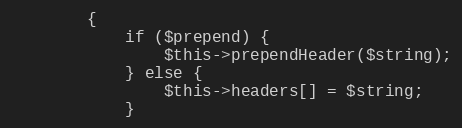
Language: PHP
		{
			if ($prepend) {
				$this->prependHeader($string);
			} else {
				$this->headers[] = $string;
			}